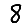
Digit: 8